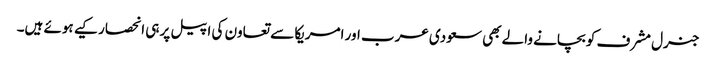
جنرل مشرف کو بچانے والے بھی سعودی عرب اور امریکا سے تعاون کی اپیل پر ہی انحصار کیے ہوئے ہیں۔